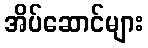
အိပ်ဆောင်များ